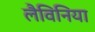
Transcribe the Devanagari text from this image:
लैविनिया